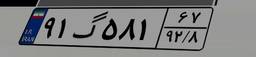
۰۲گ۱۴۶۲۰